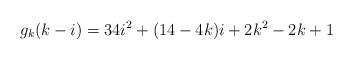
LaTeX: \begin{align*}g_k(k-i)=34i^2+(14-4k)i+2k^2-2k+1\end{align*}